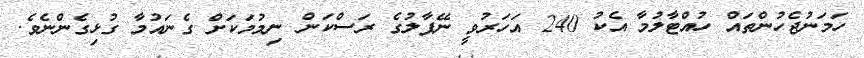
ހަމަނުޖެހުންތައް ހުއްޓާލުމާ އެކު 240 އަހަރުވީ ނޭޕާލުގެ ރަސްކަން ނިމުމަކަށް ގެނައުމާ ގުޅިގެންނެވެ.